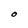
Character: O